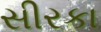
સીરકા